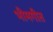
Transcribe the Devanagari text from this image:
भीमगीत